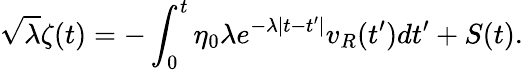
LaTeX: \sqrt{\lambda}\zeta(t)=-\int_{0}^{t}\eta_{0}\lambda e^{-\lambda|t-t^{\prime}|}v_{R}(t^{\prime})dt^{\prime}+S(t).